Report on sanitation, dispensaries, and jails in Rajputana for 1916, and on vaccination for the year 1916-1917 - 1916-1917
Year: 1916
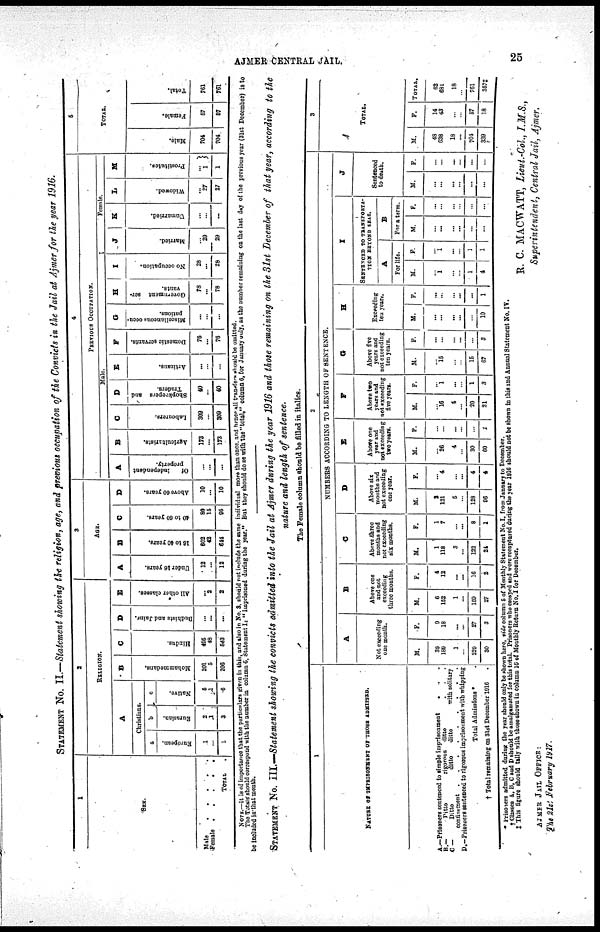
AJMER CENTRAL JAIL.
25
STATEMENT No. II.—Statement showing the religion, age, and previous occupation of the Convicts in the Jail at Ajmer for the year 1916.
1
SEX.
Male . . . . .
Female . . . . .
TOTAL .
2
RELIGION.
A
Christians.
a
European.
1
...
1
b
Eurasian.
2
1
3
c
Native.
5
1
6
B
Mohammedans.
201
5
206
C
Hindus.
495
48
543
D
Budhists
and Jains.
...
...
...
E
All other classes.
...
2
2
3
AGE.
A
Under 16 years.
12
...
12
B
16 to 40 years.
602
42
644
C
40 to 60 years.
80
15
95
D
Above 60 years.
10
...
10
4
PREVIOUS OCCUPATION.
Male.
A
Of
independent
property.
...
...
...
B
Agricultirists.
173
...
173
C
Labourers.
309
...
309
D
Shopkeepers and
Traders.
40
...
40
E
Artizans.
...
...
...
F
Domestic servants.
76
...
76
G
Miscellaneous occu¬
pations.
...
...
...
H
Government ser¬
vants.
78
...
78
I
No occupation.
28
...
28
Female.
J
Married.
...
29
29
K
Unmarried.
...
...
...
L
Widowed.
...
27
27
M
Prostitutes.
...
1
1
5
TOTAL.
Male.
704
704
Female.
57
57
Total.
761
761
NOTE.—It is of importance that the particulars given in this, and also in No. 3. should not include the same individual more than once, and hence all transfers should be omitted.
The Totals should correspond with the number in column 5. Statement I: "Imprisoned during the year." But they should do so with the, "total," column 5, for January July, as the number remaining on the last day of the previous year (31st December) is to
be included in that month.
STATEMENT No. III.—Statement showing the convicts admitted into the Jail at Ajmer during the year 1916 and those remaining on the 31st December of that year, according to the
nature and length of sentence.
The Female column should be filled in italics.
1
NATURE OF IMPRISONMENT OF THOSE ADMITTED.
A.—Prisoners sentenced to simple imprisonment
. . .
B.—
Ditto
rigorous
ditto . . .
C.— Ditto ditto ditto with solitary
confinement
D.—Prisoners sentenced to rigorous imprisonment with whipping
Total Admissions * .
† Total remaining on 31st December 1916 .
2
NUMBERS ACCORDING TO LENGTH OF SENTENCE.
A
Not exceeding
one month.
M.
39
189
1
...
229
30
F.
9
18
...
...
27
3
B
Above one
and not
exceeding
three months.
M.
6
152
1
...
160
27
F.
4
12
...
...
16
2
C
Above three
months and
not exceeding
six months.
M.
1
113
3
...
123
24
F.
1
7
...
...
8
l
D
Above six
months and
not exceeding
one year.
M.
2
121
5
...
128
96
F.
...
4
...
...
4
4
E
Above one
year and
not exceeding
two years.
M.
...
26
4
...
30
60
F.
...
...
...
...
...
1
F
Above two
years and
not exceeding
five years.
M.
...
16
4
...
20
21
F.
...
1
...
...
1
3
G
Above five
years and
not exceeding
ten years.
M.
...
15
...
...
15
67
F.
...
...
...
...
...
3
H
Exceeding
ten years.
M.
...
...
...
...
...
10
F.
...
...
...
...
...
1
I
SENTENCED TO TRANSPORTA¬
TION BEYOND SEAS.
A
For life.
M.
...
1
...
...
1
4
F.
...
1
...
...
1
1
B
For a term.
M.
...
...
...
...
...
...
F.
...
...
...
...
...
...
J
Sentenced
to death.
M.
...
...
...
...
...
...
F.
...
...
...
...
...
...
3
TOTAL.
M.
48
638
18
...
704
339
F.
14
43
...
...
57
18
TOTAL.
62
681
18
...
761
357‡
* Prisoners admitted during the year should only be shown here, vide column 5 of Monthly Statement No. I. from January to December.
† Classes A, B, C and D should be amalgamated for this total. Prisoners who escaped and were recaptured during the year 1916 should not be shown in this and Annual Statement No. IV.
‡ This figure should tally with those shown in column 16 of Monthly Return No. I for December.
R. C. MACWATT, Lieut.-Col., I.M.S.,
Superintendent, Central Jail, Ajmer.
AJMER JAIL OFFICE:
The 21st February 1917.